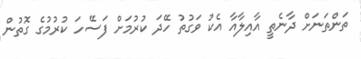
ތަންތަނަށް ދާނެތީ އާއިލާއާ އެކު ވަގުތު ހޭދަ ކުރުމަށް ފަސޭހަ ކުރުމުގެ ގޮތުން